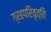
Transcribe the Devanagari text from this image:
ग्रहपरिवृत्ति